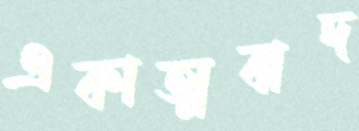
একাত্মবাদ